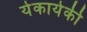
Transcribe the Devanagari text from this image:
येकायेकी